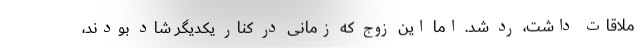
ملاقات داشت، رد شد. اما این زوج که زمانی در کنار یکدیگر شاد بودند،